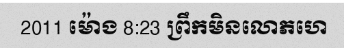
2011 ម៉ោង 8:23 ព្រឹកមិនលោភហេ